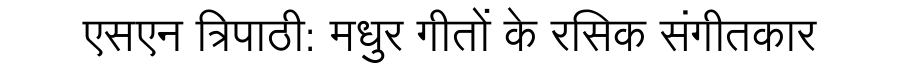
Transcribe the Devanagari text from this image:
एसएन त्रिपाठी: मधुर गीतों के रसिक संगीतकार